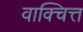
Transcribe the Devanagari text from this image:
वाक्चित्त